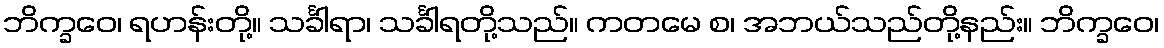
ဘိက္ခဝေ၊ ရဟန်းတို့။ သင်္ခါရာ၊ သင်္ခါရတို့သည်။ ကတမေ စ၊ အဘယ်သည်တို့နည်း။ ဘိက္ခဝေ၊